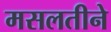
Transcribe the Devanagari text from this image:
मसलतीने